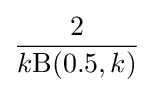
{\frac {2}{k\mathrm {B} (0.5,k)}}